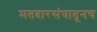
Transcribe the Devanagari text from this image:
मतदारसंघातूनच